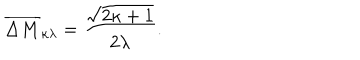
\overline { { { \Delta M } } } _ { \kappa \lambda } = \frac { \sqrt { 2 \kappa + 1 } } { 2 \lambda } .